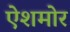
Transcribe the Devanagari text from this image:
ऐशमोर